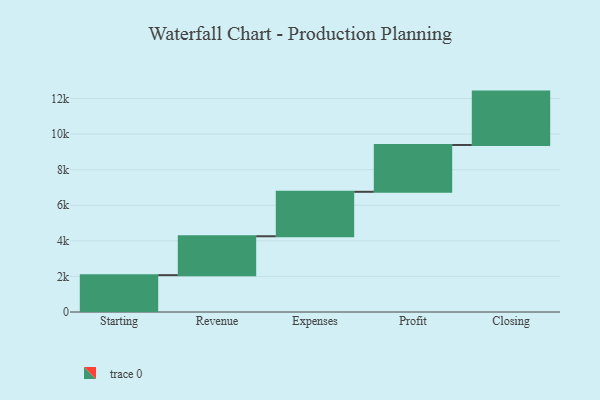
{"axis": {"x": "Step", "y": "Value"}, "legend": [""], "data": [{"x": "Starting", "y": 2071.0, "type": ""}, {"x": "Revenue", "y": 2186.0, "type": ""}, {"x": "Expenses", "y": 2499.0, "type": ""}, {"x": "Profit", "y": 2632.0, "type": ""}, {"x": "Closing", "y": 3000, "type": ""}]}